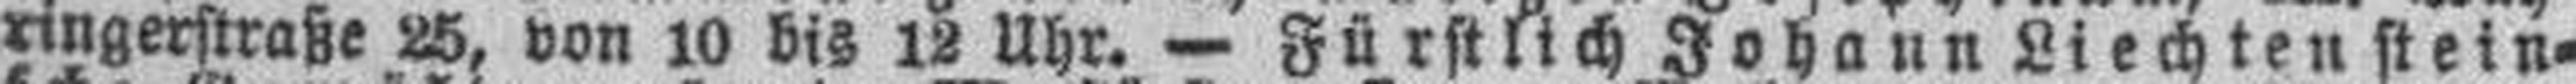
ringerstraße 25, von 10 bis 12 Uhr. — Fürstlich Johann Liechtenstein¬